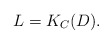
\begin{align*} L = K_{C} (D). \end{align*}